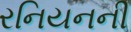
રનિયનની